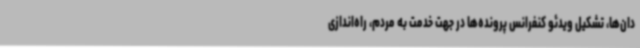
دان‌ها، تشکیل ویدئو کنفرانس پرونده‌ها در جهت خدمت به مردم، راه‌اندازی